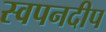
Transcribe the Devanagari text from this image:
स्वपनदीप